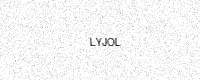
Text: LYJOL